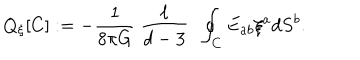
Q _ { \xi } [ C ] : = - \frac { 1 } { 8 \pi G } ~ \frac { \ell } { d - 3 } ~ ~ \oint _ { C } E _ { a b } \xi ^ { a } d S ^ { b } .